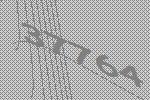
37764